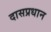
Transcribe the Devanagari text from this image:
दासप्रधान